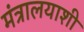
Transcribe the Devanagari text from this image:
मंत्रालयाशी